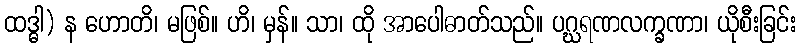
ထဒ္ဓါ) န ဟောတိ၊ မဖြစ်။ ဟိ၊ မှန်။ သာ၊ ထို အာပေါဓာတ်သည်။ ပဂ္ဃရဏလက္ခဏာ၊ ယိုစီးခြင်း